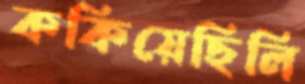
ককিয়েছিলি